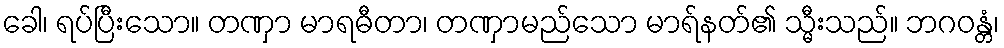
ခေါ၊ ရပ်ပြီးသော။ တဏှာ မာရဓီတာ၊ တဏှာမည်သော မာရ်နတ်၏ သ္မီးသည်။ ဘဂဝန္တံ၊